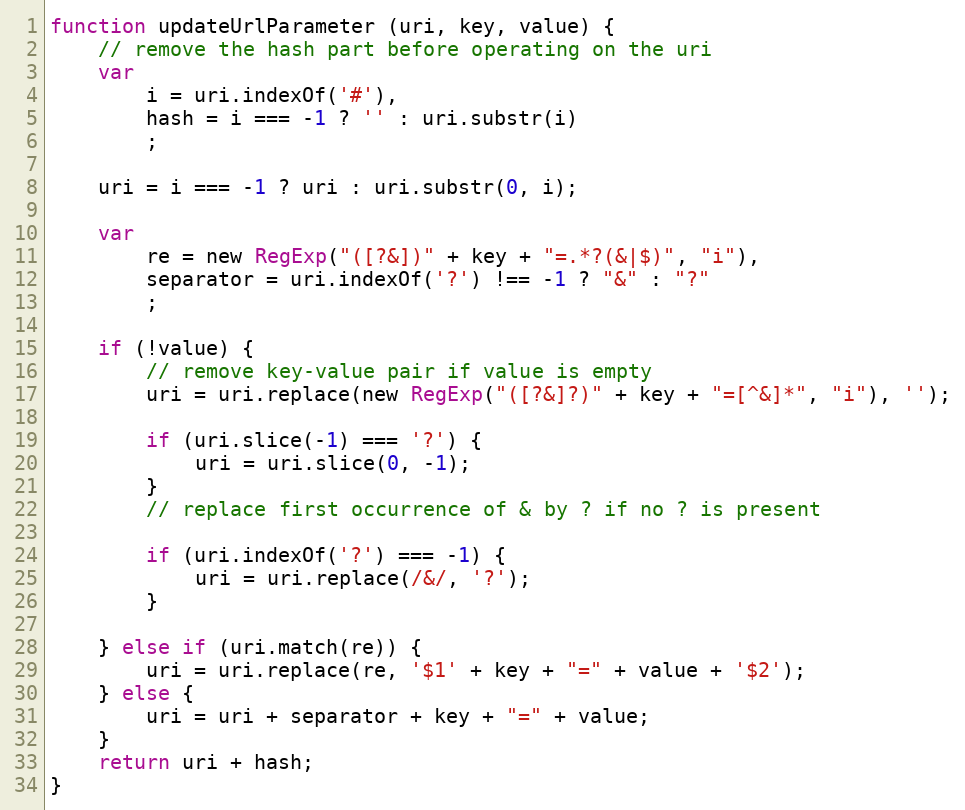
Language: JavaScript
function updateUrlParameter (uri, key, value) {
	// remove the hash part before operating on the uri
	var
		i = uri.indexOf('#'),
		hash = i === -1 ? '' : uri.substr(i)
		;

	uri = i === -1 ? uri : uri.substr(0, i);

	var
		re = new RegExp("([?&])" + key + "=.*?(&|$)", "i"),
		separator = uri.indexOf('?') !== -1 ? "&" : "?"
		;

	if (!value) {
		// remove key-value pair if value is empty
		uri = uri.replace(new RegExp("([?&]?)" + key + "=[^&]*", "i"), '');

		if (uri.slice(-1) === '?') {
			uri = uri.slice(0, -1);
		}
		// replace first occurrence of & by ? if no ? is present

		if (uri.indexOf('?') === -1) {
			uri = uri.replace(/&/, '?');
		}

	} else if (uri.match(re)) {
		uri = uri.replace(re, '$1' + key + "=" + value + '$2');
	} else {
		uri = uri + separator + key + "=" + value;
	}
	return uri + hash;
}